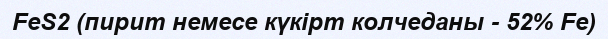
FeS2 (пирит немесе күкірт колчеданы - 52% Fe)